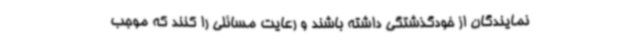
نمایندگان از خودگذشتگی داشته باشند و رعایت مسائلی را کنند که موجب